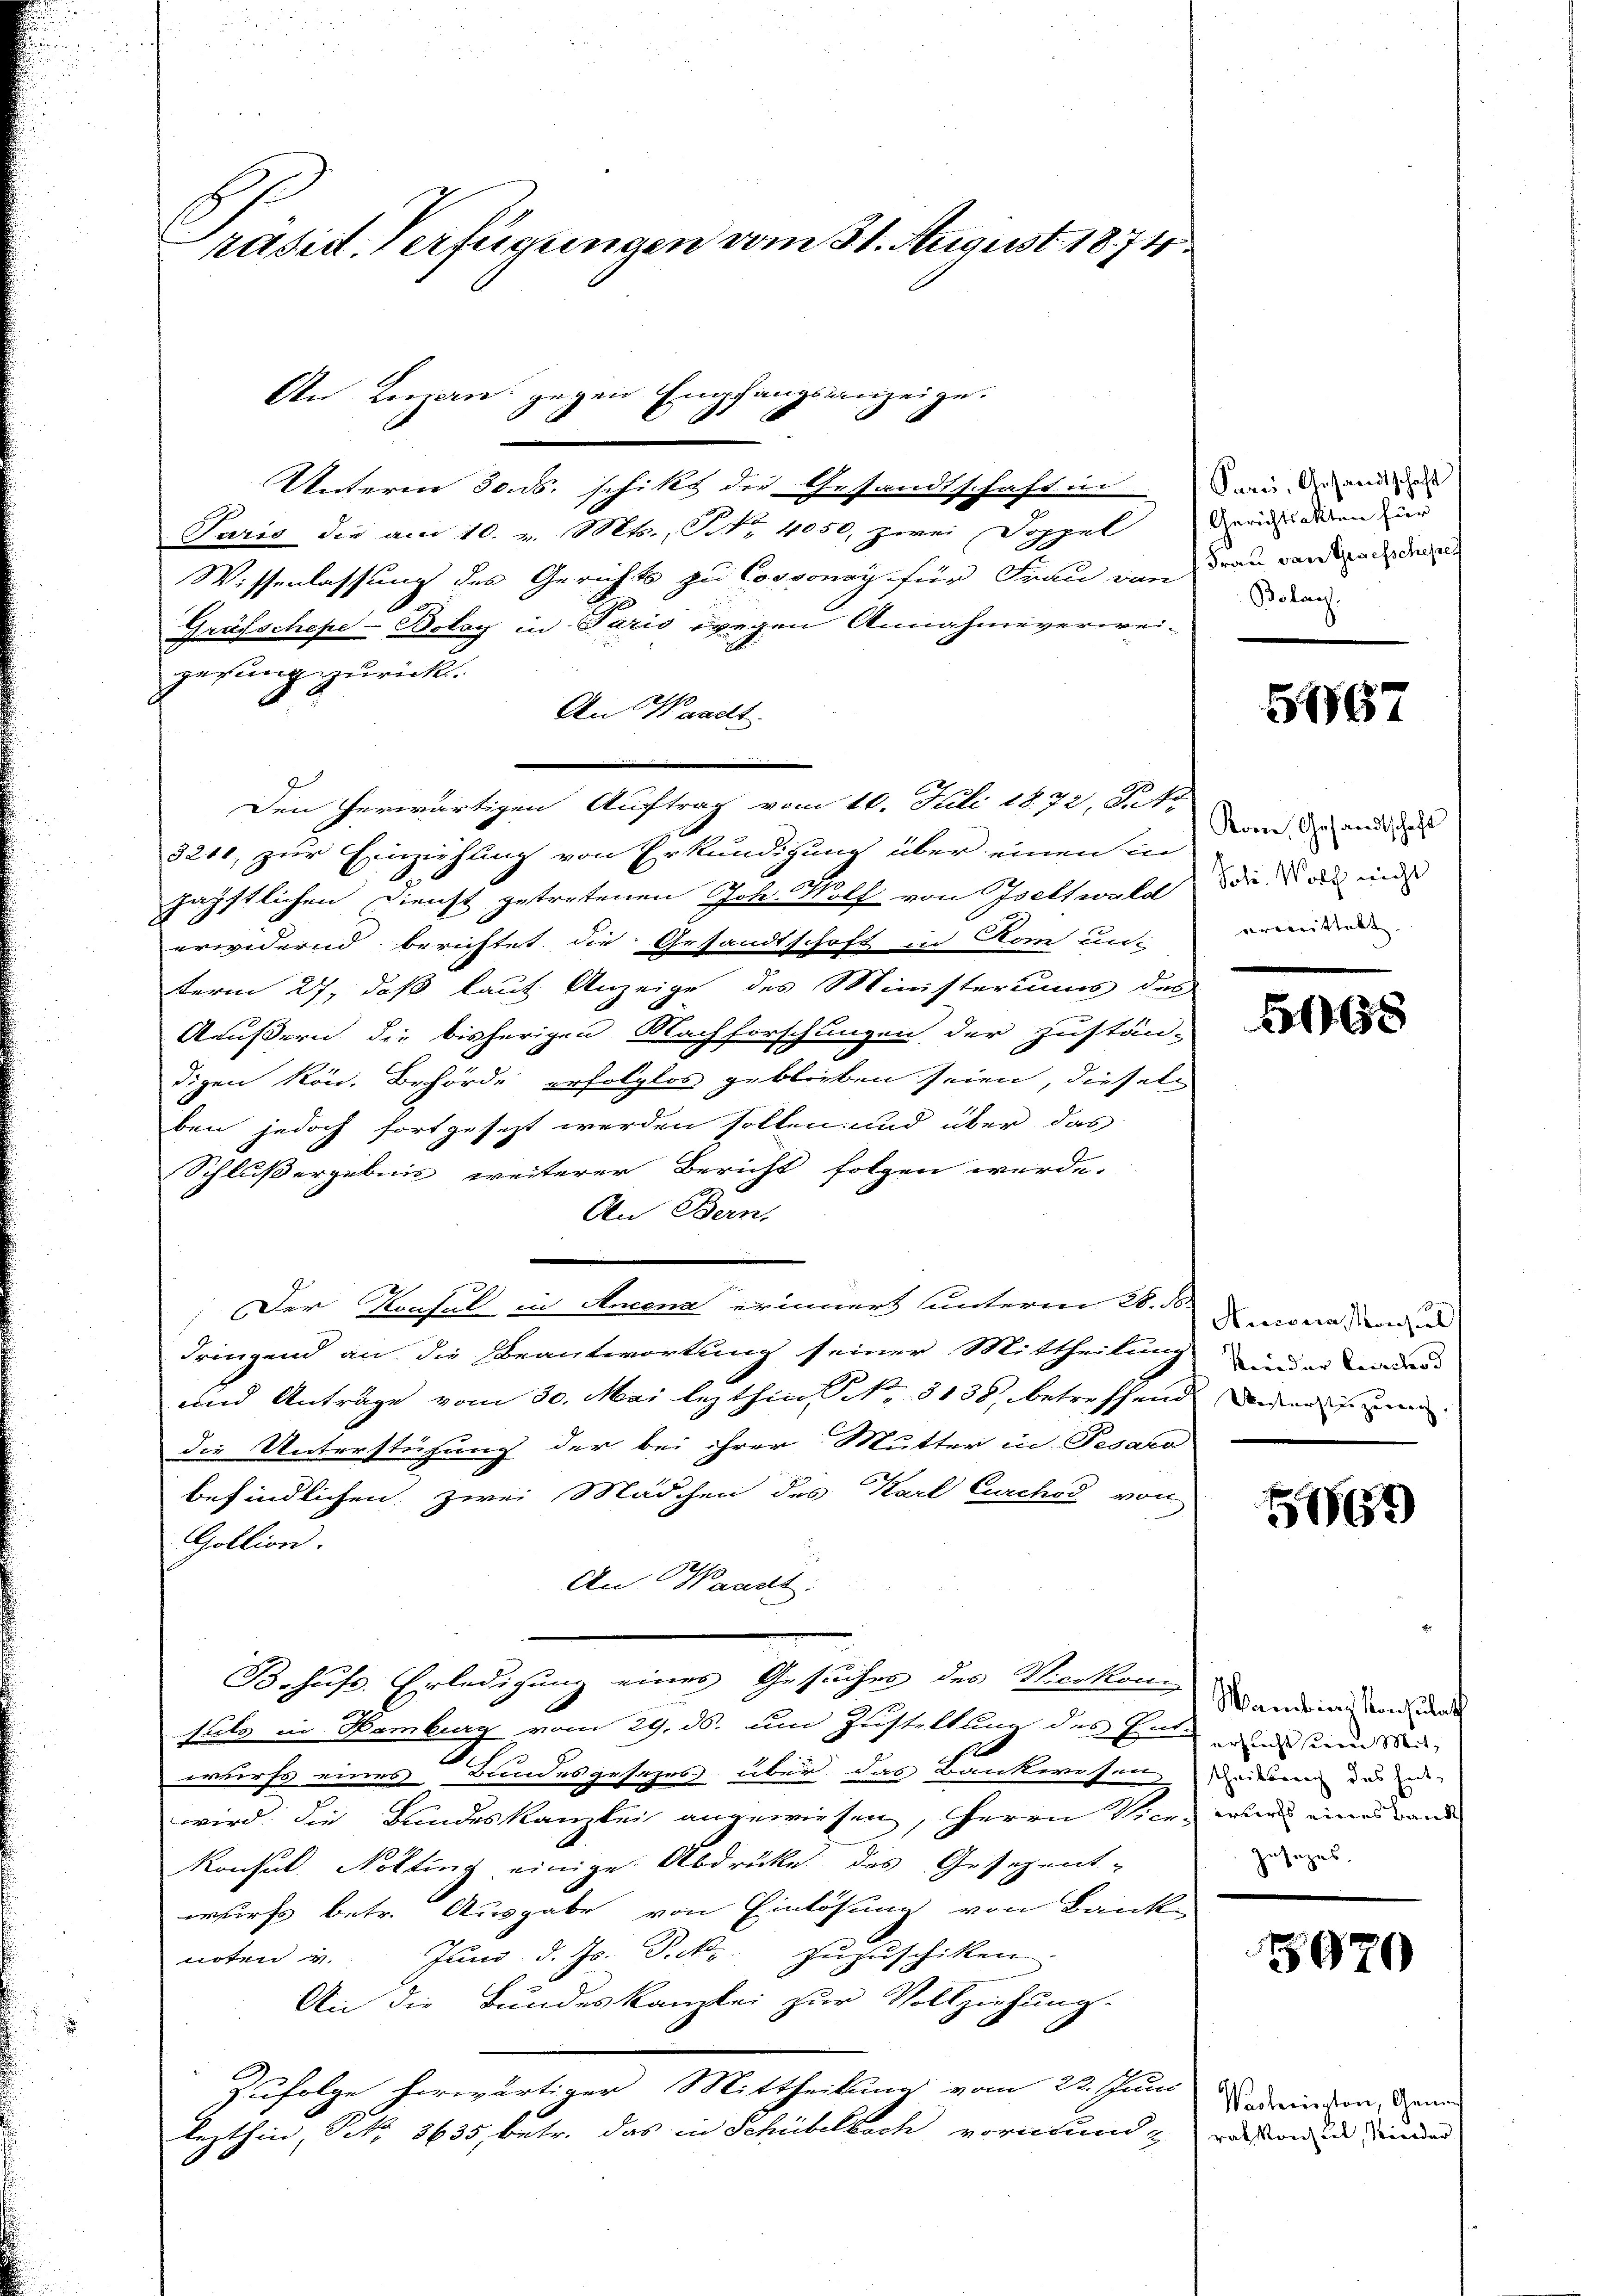
räsid. Verfügungen vom 31. August 1871

Unterm 30. ds. schikt die Gesandtschaft in Dann der und
Paris die am 10. v. Mts., P. Nr. 4050, zwei Doppel
Wissenlassung des Gerichts zu Cossonay für Frau von
Grafschepe-Bolay in Paris wegen Annahmeverwei-
gesung zurück.
An Waadt.
Den herwärtigen Auftrag vom 10. Juli 1872, Futte
3211, zur Einziehung von Erkundigung über einen in
päpstlichen Dienst getretenen Joh. Wolf von Isettwald
erwidernd berichtet, die Gesandtschaft in Rom un-
term 27., daß laut Anzeige des Ministeriums des
Ääußern die bisherigen Nachforschungen der Zustän-
digen kön. Behörde erfolglos geblieben seien, dieseln
ben jedoch fortgesezt werden sollen und über das
Schlußergebnis weiterer Bericht folgen werde.
Ai Bern,
Der Konsul in Arena erinnert unterm 20. Anna, von
dringend an die Beantwortung seiner Mittheilung und er a
und Anträge vom 30. Mai lezthin, S. 5138 betreffend wegen sein
die Unterstützung der bei ihrer Mutter in Pesaro
befindlichen, zwei Mädchen des Karl Curchod von
Gollion.
An Waadt.
Behufs Erledigung eines Gesuches des Secken Wandern und und
satz in Hamburg vom 29. ds. um Zustellung des Ein und an
erkerst eines Bundesgesezes über das Bankwesen, Deinen das de
wird die Bundeskanzlei angewiesen, Herrn Vier wir eine Land
Konsul Nölting einige Abdrucke des Gesezent-
wurfs betr. Ausgabe von Einlösung von Bank
noten u. Jŭni d. Js. Petr. zŭzŭschiken
An die Bundeskanzlei zur Vollziehung.
Zufolge herwärtiger Mittheilung vom 22. Juni
lezthin, No 8635, betr. das in Schübelbach vormund an ein einen

An Luzern gegen Empfangsanzeige.

Gerichtsakten für
Frau von Segesschepes
Bolag.

5967

Kon, Gesandtschaft
Johs. Wolch nicht
erweittelt.

168

5569

Jusezes

5920

Wacherington, Geneh